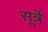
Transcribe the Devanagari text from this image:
सूर्त्रे